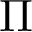
\Pi